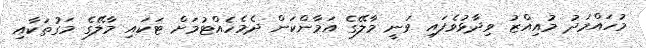
މުހައްމަދު މުއިއްޒު ވިދާޅުވެފައި ވަނީ މާލޭގެ އަމާންކަން ދެމެހެއްޓުމަށް ޓަކައި މާލޭގެ މަގުތަކާއި